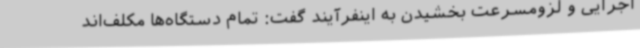
اجرایی و لزومسرعت بخشیدن به اینفرآیند گفت: تمام دستگاه‌ها مکلف‌اند